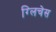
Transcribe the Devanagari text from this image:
ग्लिचेस